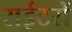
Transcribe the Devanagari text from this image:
राईटरों